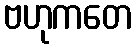
ဗဟုကတေ